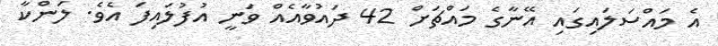
އެ މައްސަލައިގައި އޭނާގެ މައްޗަށް 42 ދައުވާއެއް ވަނީ އުފުލައިފަ އެވެ. ލަންކާ